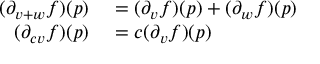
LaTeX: \begin{array} { r l } { ( \partial _ { v + w } f ) ( p ) } & { { } = ( \partial _ { v } f ) ( p ) + ( \partial _ { w } f ) ( p ) } \\ { ( \partial _ { c v } f ) ( p ) } & { { } = c ( \partial _ { v } f ) ( p ) } \end{array}